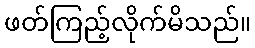
ဖတ်ကြည့်လိုက်မိသည်။